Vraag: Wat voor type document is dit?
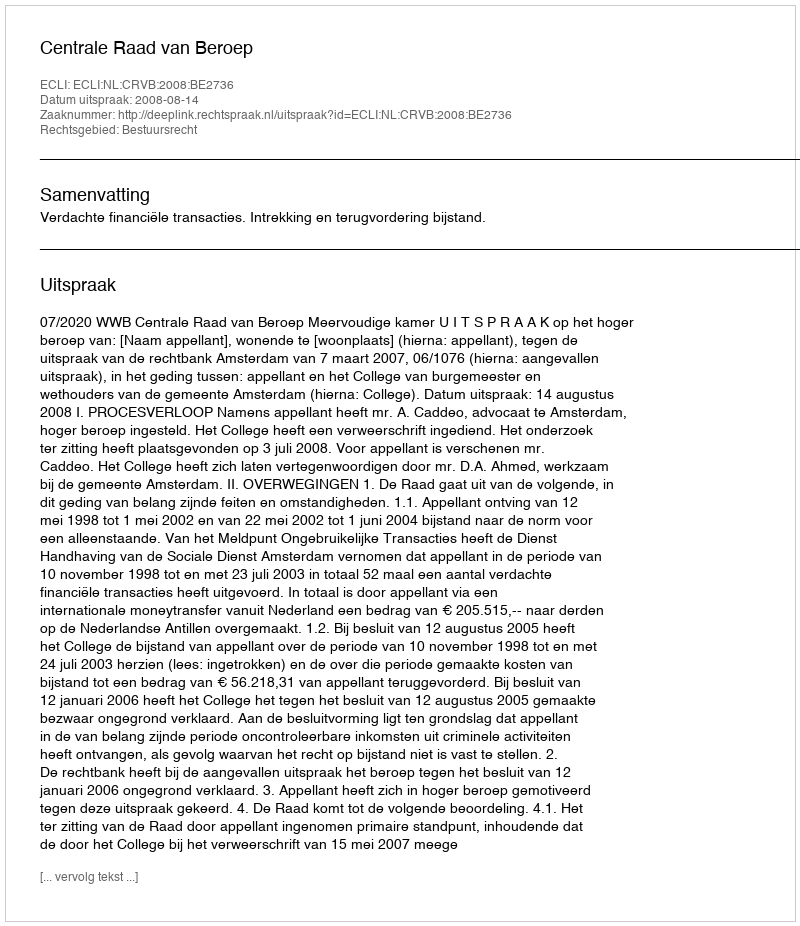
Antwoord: Uitspraak